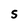
Character: S